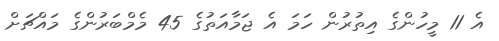
އެ 11 މީހުންގެ އިތުރުން ހަމަ އެ ޖަމާއަތުގެ 45 މެމްބަރުންގެ މައްޗަށް